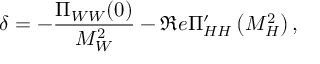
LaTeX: \delta = - { \frac { \Pi _ { W W } ( 0 ) } { M _ { W } ^ { 2 } } } - \Re e \Pi _ { H H } ^ { \prime } \left( M _ { H } ^ { 2 } \right) ,